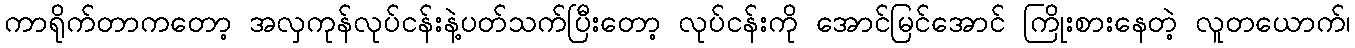
ကာရိုက်တာကတော့ အလှကုန်လုပ်ငန်းနဲ့ပတ်သက်ပြီးတော့ လုပ်ငန်းကို အောင်မြင်အောင် ကြိုးစားနေတဲ့ လူတယောက်၊